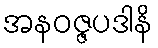
အနဝဇ္ဇပဒါနိ